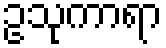
ဥသုကာရာ